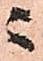
ニ